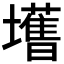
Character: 𫮾